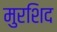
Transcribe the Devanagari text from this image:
मुरशिद